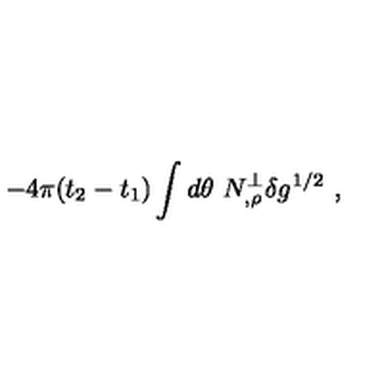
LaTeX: - 4 \pi ( t _ { 2 } - t _ { 1 } ) \int d \theta \ N _ { , \rho } ^ { \perp } \delta g ^ { 1 / 2 } \ ,